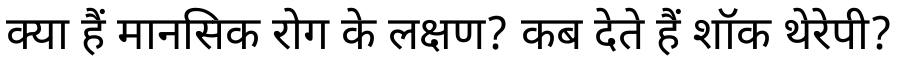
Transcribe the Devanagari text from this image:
क्या हैं मानसिक रोग के लक्षण? कब देते हैं शॉक थेरेपी?